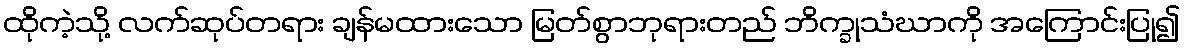
ထိုကဲ့သို့ လက်ဆုပ်တရား ချန်မထားသော မြတ်စွာဘုရားတည် ဘိက္ခုသံဃာကို အကြောင်းပြု၍